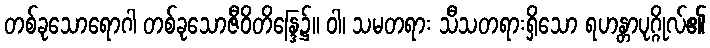
တစ်ခုသောရောဂါ တစ်ခုသောဇီဝိတိန္ဒြေ၌။ ဝါ၊ သမတရား သီသတရားရှိသော ရဟန္တာပုဂ္ဂိုလ်၏